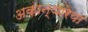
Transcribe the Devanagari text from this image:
अकान्थारेया